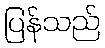
ပြန်သည်